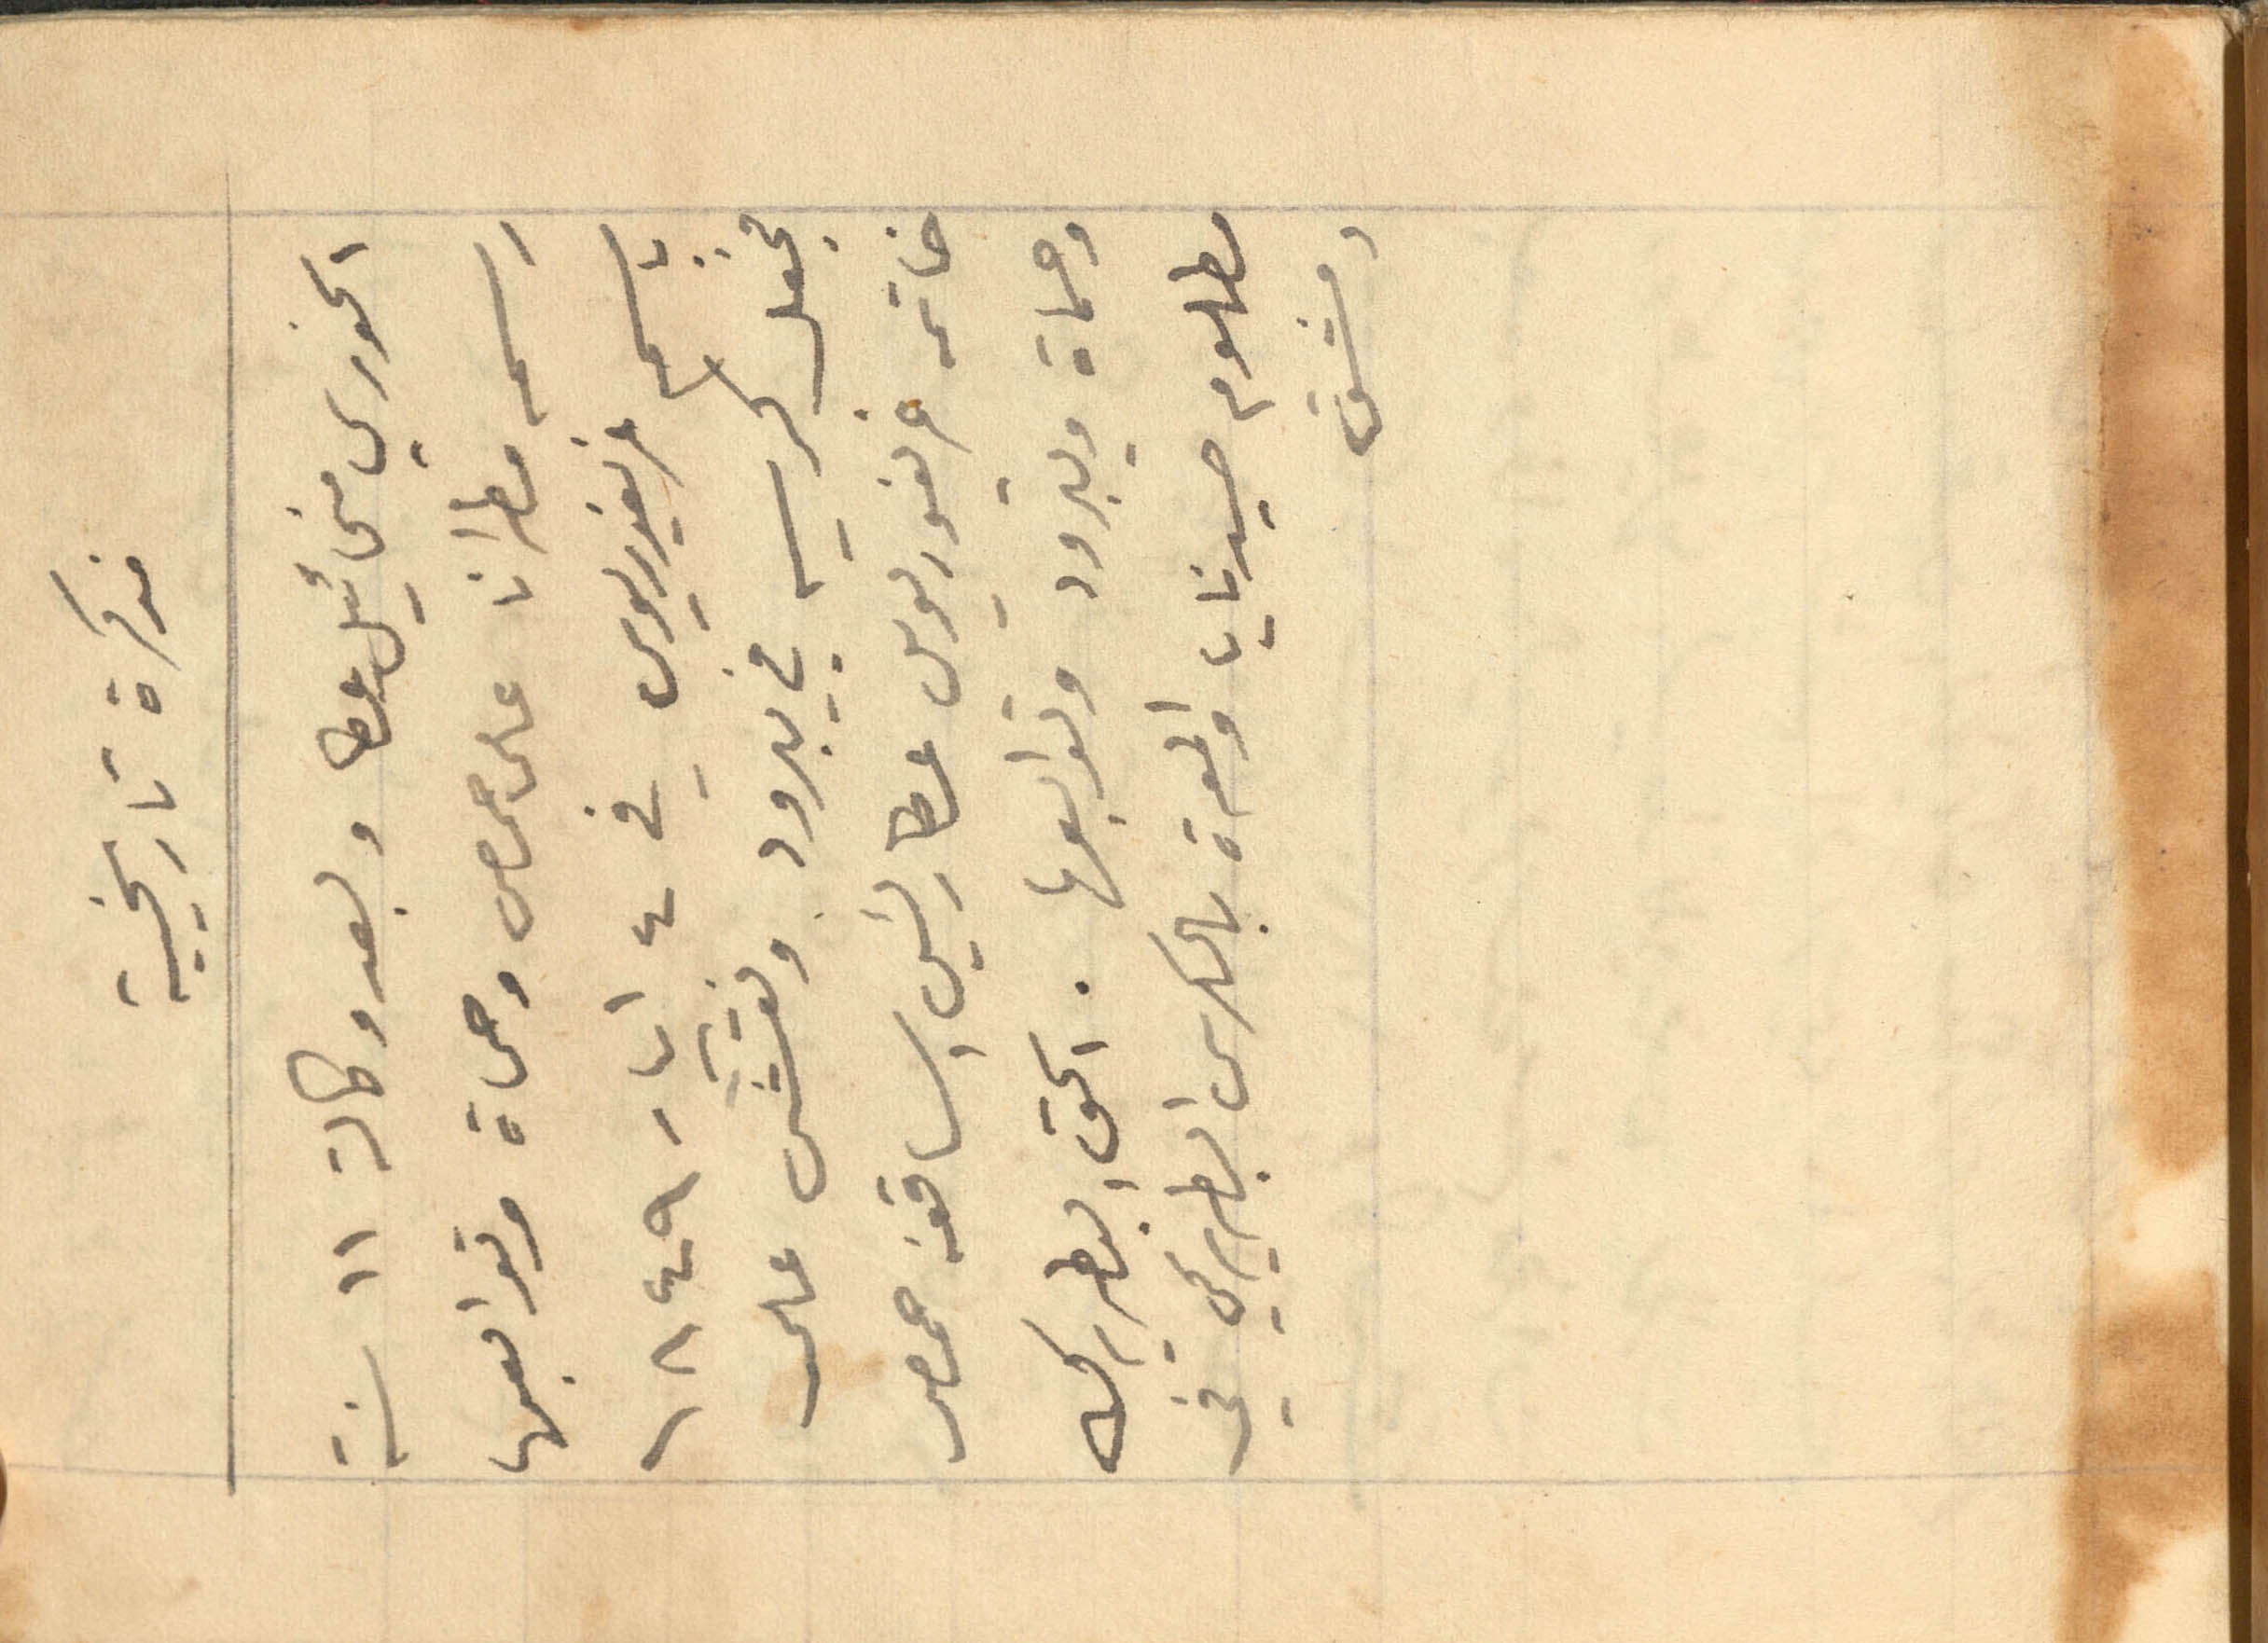
مذكرة تاريخية
الخوري مخائيل عطا وبعد وكالة 11 سنة
رسمه مطرانا على حمص وحماة وتوابعها
باسم غريغوريوس في 4 ايار 1849
فجعل كرسيه في يبرود ونقش على
خاتمه غريغوريوس عطا رئيس اساقفه حمص
وحماة ويبرود وتوابعها. الحق البطريرك
مظلوم صيدنايا والمعرة بالكرسي البطريركي في
دمشق